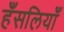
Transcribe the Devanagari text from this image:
हँसलियाँ